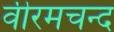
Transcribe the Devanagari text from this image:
वीरमचन्द